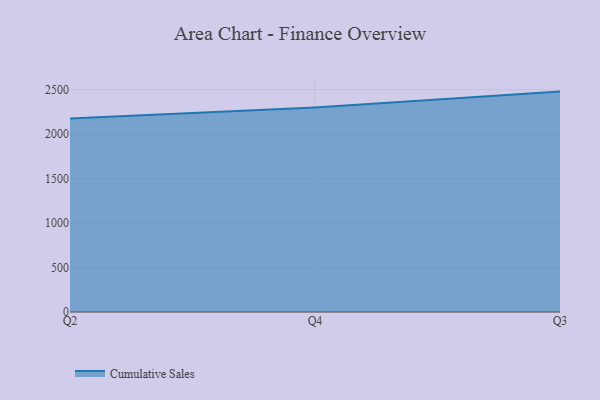
{"axis": {"x": "Quarter", "y": "Website Visitors"}, "legend": ["Cumulative Sales"], "data": [{"x": "Q2", "y": 2173.8, "type": "Cumulative Sales"}, {"x": "Q4", "y": 2299.5, "type": "Cumulative Sales"}, {"x": "Q3", "y": 2477.5, "type": "Cumulative Sales"}]}